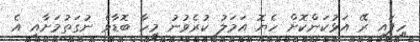
ހިފައި ރޭ އަޅުކަންކޮށް ހެޔޮ އަމަލު ކުރެވުނު މީހާ ބޮޑާވެ ނުގަތުމަށާއި އެ